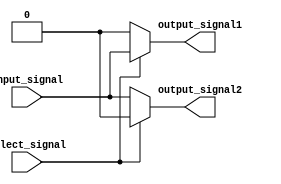
module demux (
    input wire input_signal,
    input wire select_signal,
    output reg output_signal1,
    output reg output_signal2
);

always @(*) begin
    output_signal1 = (select_signal) ? input_signal : 1'b0;
    output_signal2 = (select_signal) ? 1'b0 : input_signal;
end

endmodule